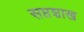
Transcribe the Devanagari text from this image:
सप्तशाख